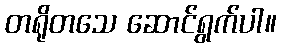
တရိုတသေ ဆောင်ရွက်ပါ။